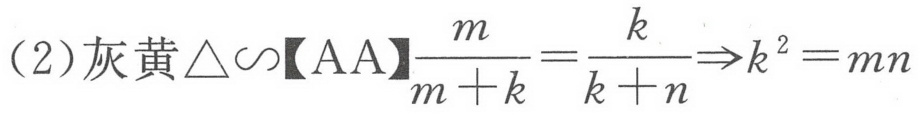
(2)灰黄\(\triangle\sim\)【AA】\(\frac{m}{m + k}=\frac{k}{k + n}\Rightarrow k^{2}=mn\)